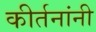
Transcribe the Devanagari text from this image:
कीर्तनांनी